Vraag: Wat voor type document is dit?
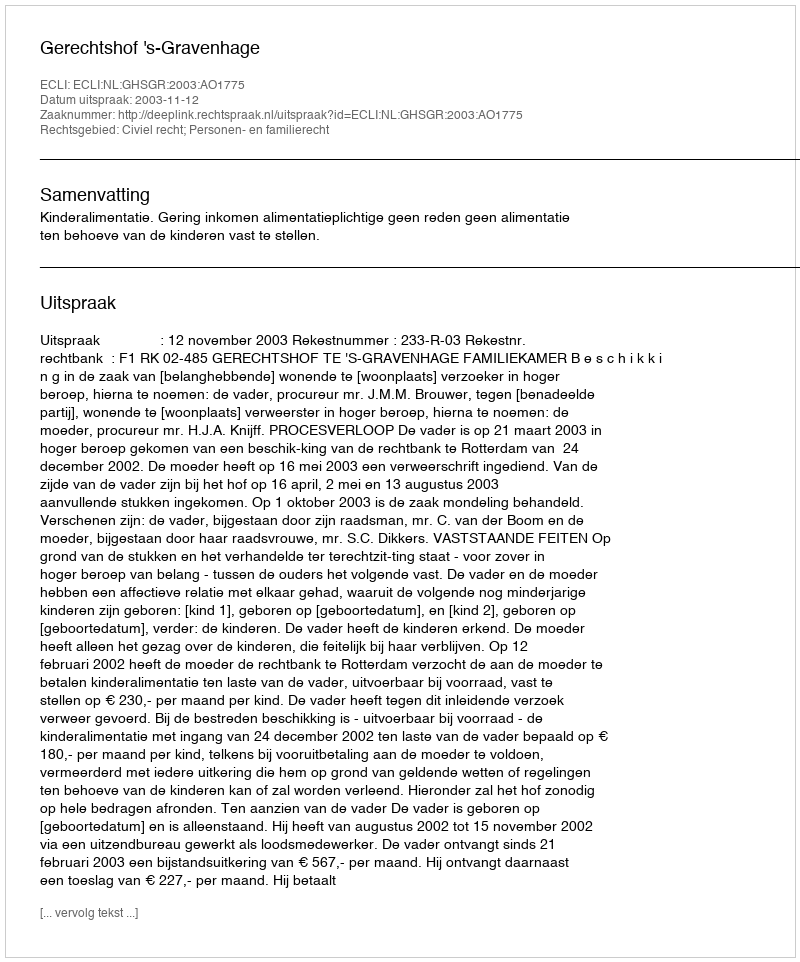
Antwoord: Uitspraak